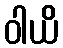
ဝါယိ